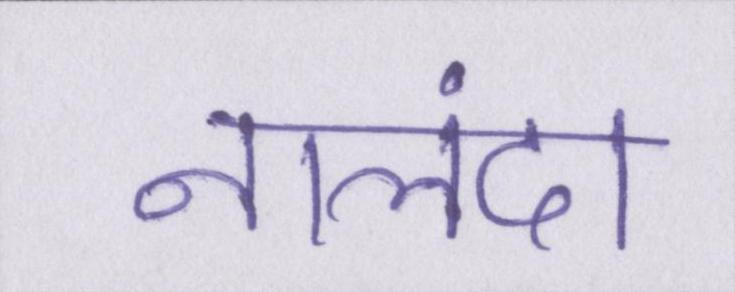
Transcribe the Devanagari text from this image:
नालंदा